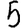
Digit: 5